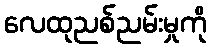
လေထုညစ်ညမ်းမှုကို